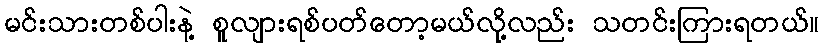
မင်းသားတစ်ပါးနဲ့ စူလျားရစ်ပတ်တော့မယ်လု့ိလည်း သတင်းကြားရတယ်။